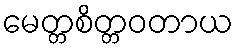
မေတ္တစိတ္တဝတာယ